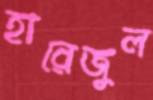
হারেজুল